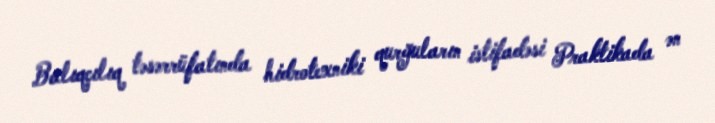
Balıqçılıq təsərrüfatında hidrotexniki qurğuların istifadəsi Praktikada ən